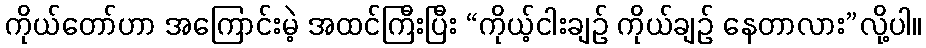
ကိုယ်တော်ဟာ အကြောင်းမဲ့ အထင်ကြီးပြီး “ကိုယ့်ငါးချဉ် ကိုယ်ချဉ် နေတာလား”လို့ပါ။